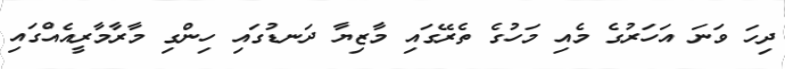
ދިހަ ވަނަ އަހަރުގެ މެއި މަހުގެ ތެރޭގައި މާޒިޔާ ދަނޑުގައި ހިންގި މާރާމާރީއެއްގައި